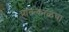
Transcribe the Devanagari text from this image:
प्रातःकाळचा